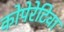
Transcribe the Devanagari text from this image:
कोपेरेटिवा